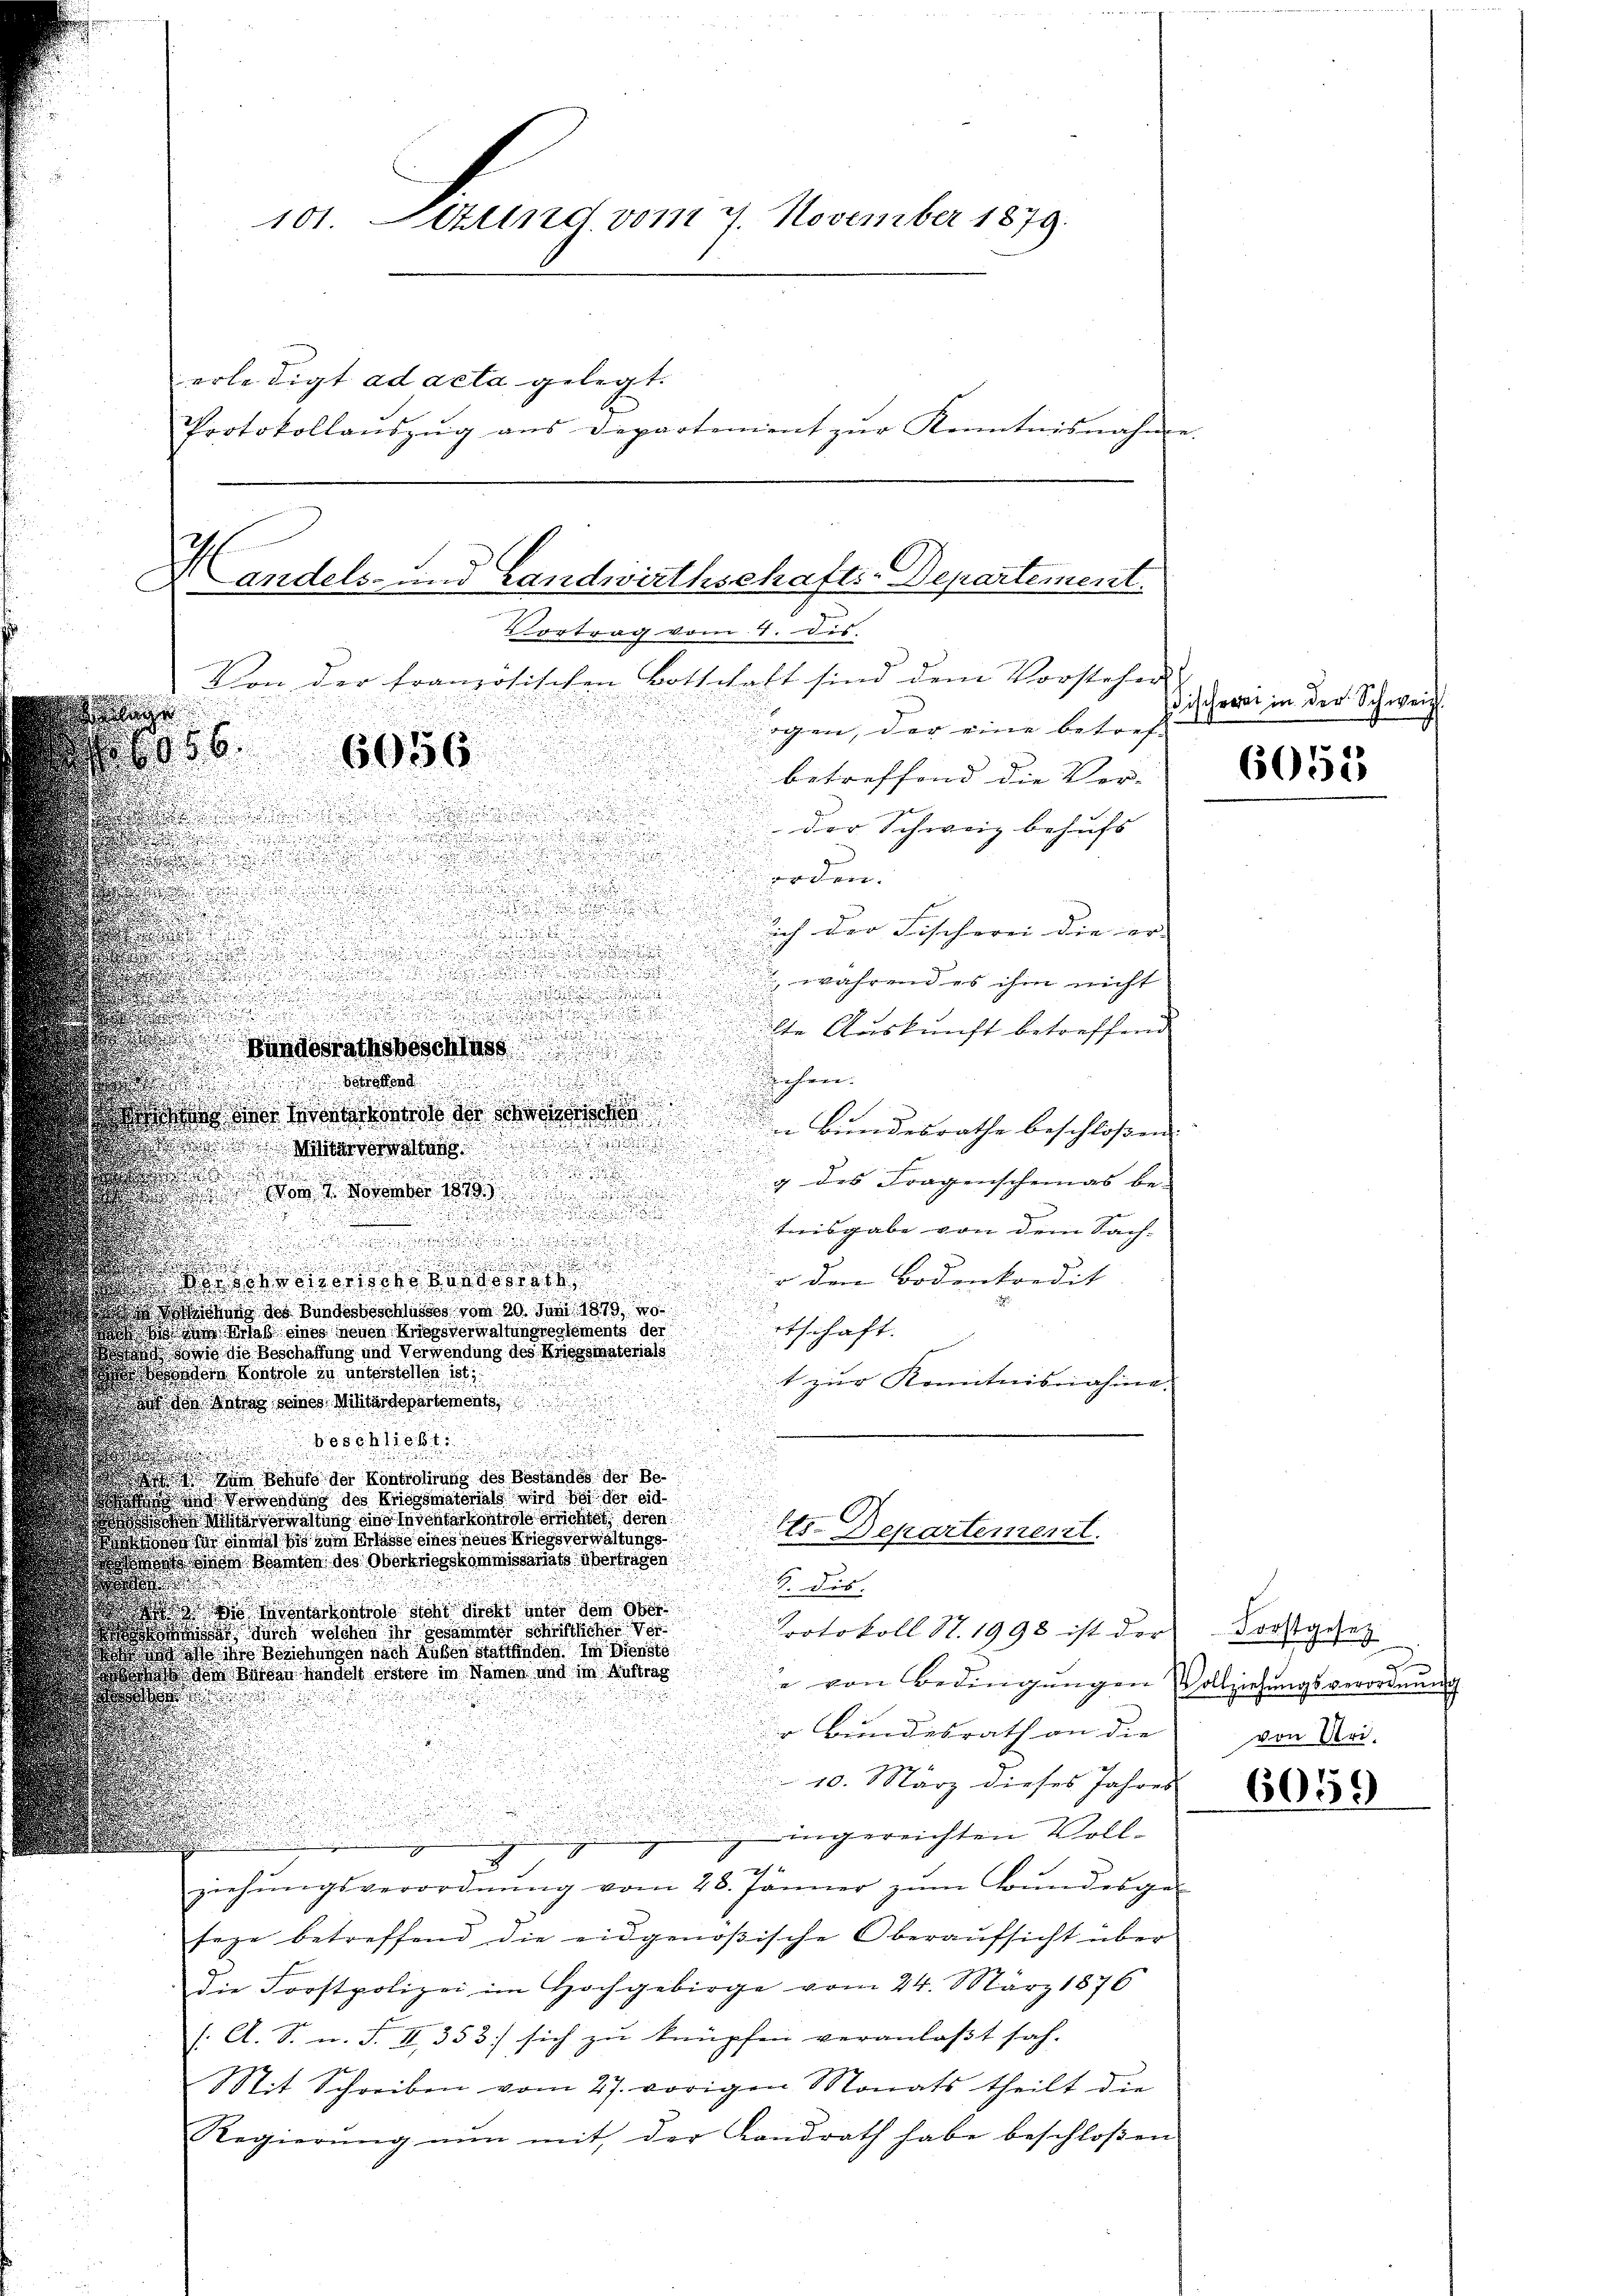
101. Stund vom 4 November 1879.

erledigt ad acta gelegt.
Protokollanszŭg ans Departement zŭr Kenntnisnahm

Handels- und Landwirthschafts-Departement.
Vortrag vom 4. Dis

Von der französischen Botschaft sind dem Vorsteher
ogen, der eine betreff
betreffend die Ver-
n
u
der Schweiz behufs

orden.
d
n
.
sich der Fischerei die er- |

d

 während es ihm nicht

e

.

un
lte Auskunft betreffend

gundesrathsbeschluss
u
dchen.
Betretend
d die Konto der Be
n Bundesrathe beschloßen:

Militarverwaltung
u
g des Fragenscheinas be-
vom 7. November 1899

tnisgabe von dem Sach-
.

r den Bodenkredit
esand

.
iehung des Bundesbeschlusses vom 20. Juni 1879 10
etschaft.
zur Erlaß eines neuen Kriegsverwaltungreglements der
 Sand die Beschaffung und Verwendung des Kriegsmaten als
oanden Kontrole in unterstellen ist

t zur Kenntnisnahme.
 den Antrag seines Militärdepartements,
10
 in Behufe der Kontrolirung des Beständes der Be
g verwendung des Kriegsmaterials wird sei der eid
ohe Mitererwaltung eine Inventarkontrole errichtet, deren
Ets. Departement.
ir einmal bis zum Erlasse eines neues Kriegsverwaltungs¬
Wann des Manten des Oberkriegskommissariats übertragen

S. dis
  inter kontrole sicht direkt unter dem Ober
a durch welchen ihr gesammter schriftlicher Ver¬
Protokoll S. 1998 ist der Trostgesez
in Beziehungen nach Küßen Stattfinden. Im Dienste
 den Bürden Handelt erstere im Namen und im Auftrag
je von Bedingungen Vollziehungsverordnung
.
r Bundesrath an die
10. März dieses Jahres
ingereichten Vollziehŭngsverordnŭng vom 28. Jänner zŭm Bŭndesge-
sege betreffend die eidgenößische Oberaufsicht über
die Forstpolizei im Hochgebirge vom 24. März 1876
/. A. S. n. F. II 353) sich zu knüpfen veranlasst sah. |
Sit Schreiben vom 27. vorigen Monats theilt die
Regierŭng nŭn mit der Landrath habe beschloβen

s
056.
6056.

sischeert in der Schweiz.

6055

x
von Uri.

6059